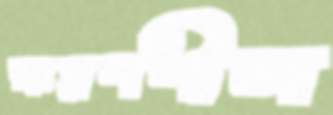
ক্ষরণশীল